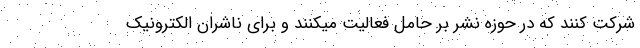
شرکت کنند که در حوزه نشر بر حامل فعالیت میکنند و برای ناشران الکترونیک